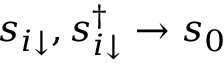
s _ { i \downarrow } , s _ { i \downarrow } ^ { \dagger } \to s _ { 0 }